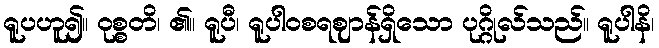
ရူပဟူ၍။ ဝုစ္စတိ၊ ၏။ ရူပီ၊ ရူပါဝစရဈာန်ရှိသော ပုဂ္ဂိုလ်သည်။ ရူပါနိ၊